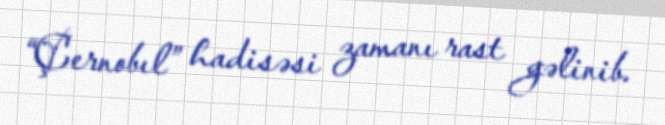
“Çernobıl” hadisəsi zamanı rast gəlinib.